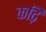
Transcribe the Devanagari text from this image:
कढ़ि